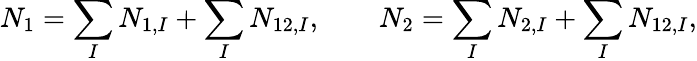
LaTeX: N_{1}=\sum_{I}N_{1,I}+\sum_{I}N_{12,I},\qquad N_{2}=\sum_{I}N_{2,I}+\sum_{I}N_{12,I},